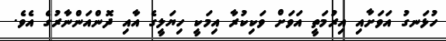
ހުޅަނގު އަވަށާއި އިރުމަތީ އަވަށް ވަކިކުރާ އިމަކީ ހިޔަލީގެ އާއި ދޮންއަންނާރުގެ އެވެ.